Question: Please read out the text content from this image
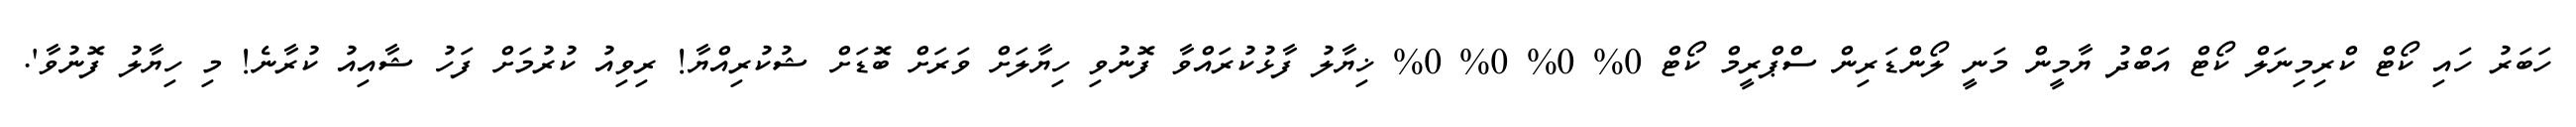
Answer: ހަބަރު ހައި ކޯޓް ކްރިމިނަލް ކޯޓް އަބްދު ޔާމީން މަނީ ލޯންޑަރިން ސްޕްރީމް ކޯޓް 0% 0% 0% 0% ޚިޔާލު ފާޅުކުރައްވާ ފޮނުވި ހިޔާލަށް ވަރަށް ބޮޑަށް ޝުކުރިއްޔާ! ރިވިއު ކުރުމަށް ފަހު ޝާއިއު ކުރާނެ! މި ހިޔާލު ފޮނުވާ'.